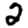
Digit: 2